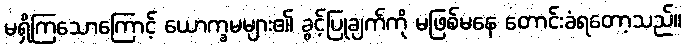
မရှိကြသောကြောင့် ယောက္ခမများ၏ ခွင့်ပြုချက်ကို မဖြစ်မနေ တောင်းခံရတော့သည်။